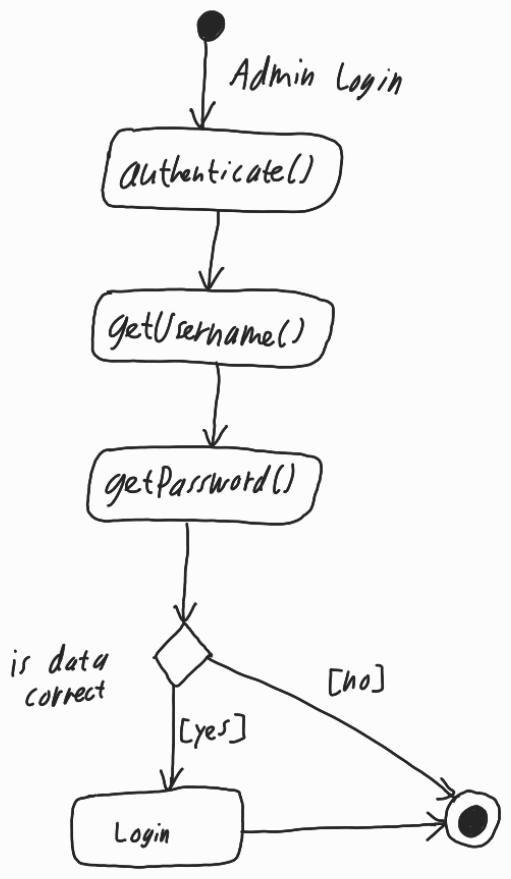
Diagram type: activity_diagram
```plantuml
@startuml

start

-> Admin Login;

:authenticate();

:getUsername();

:getPassword();

if (is data correct) then ([yes])
  :Login;
else ([no])
endif

stop

@enduml
```